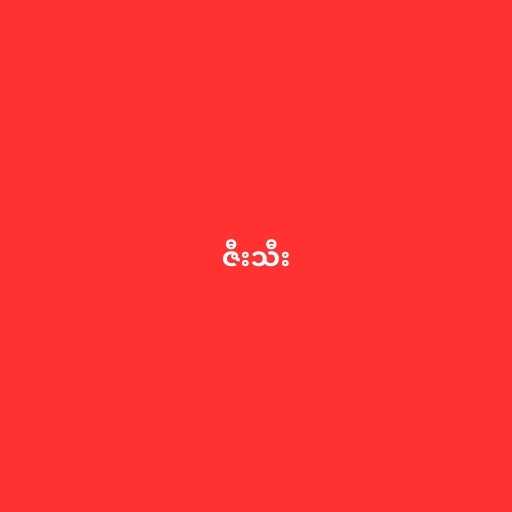
ဇီးသီး